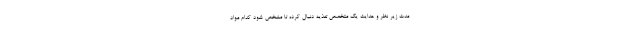
مدت زیر نظر و هدایت یک متخصص تغذیه دنبال کرده تا مشخص شود کدام مواد